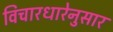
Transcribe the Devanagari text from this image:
विचारधारेनुसार